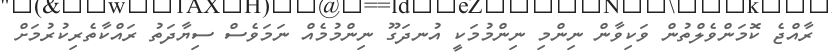
ރާއްޖެ ކޮމަންވެލްތުން ވަކިވާން ނިންމި ނިންމުމަކީ އުނދަގޫ ނިންމުމެއް ނަމަވެސް ސިޔާދަތު ރައްކާތެރިކުރުމަށް